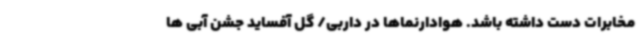
مخابرات دست داشته باشد. هوادارنماها در داربی/ گل آفساید جشن آبی ها